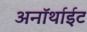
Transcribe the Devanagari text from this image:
अनॉर्थाईट